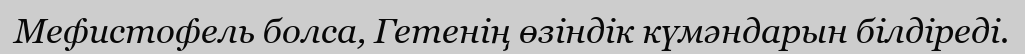
Мефистофель болса, Гетенің өзiндiк күмәндарын бiлдiредi.